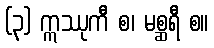
(၃) ဣဿုကီ စ၊ မစ္ဆရီ စ။